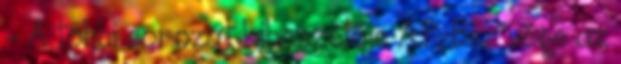
– A többi sorozat kibeszélője A.P. Bio: vége az